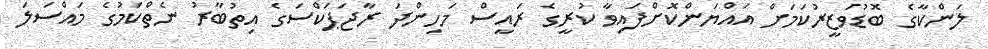
ލަންކާގެ ބޮޑުވަޒީރުކަމަށް އައްޔަންކޮށްފައިވާ ކުރީގެ ރައީސް މަހިންދަ ރާޖަޕަކްސަގެ އިތުބާރު ނެތްކަމުގެ މައްސަލަ